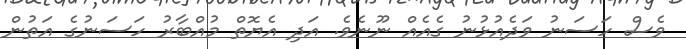
ވެސް ހަސަނު ވަދެއުޅުނު ގެއެއް ނޫނެވެ. އަދި އެޔޮތް މުއްބާރު ހަސަނުގެ އަތުން